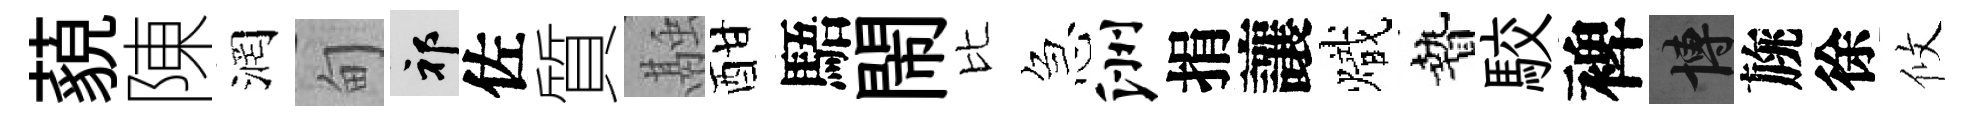
藐陳润甸祁佐質融酣䮏閙比急洲捐讓熾贄駮裨博旐徐攸